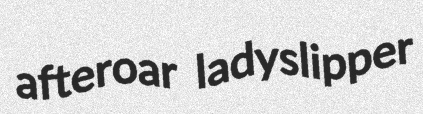
afteroar ladyslipper